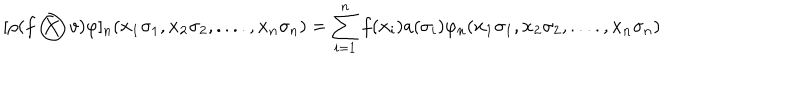
LaTeX: [ \rho ( f \bigotimes v ) \varphi ] _ { n } ( { \bf { x _ { 1 } } } \sigma _ { 1 } , { \bf { x _ { 2 } } } \sigma _ { 2 } , . . . . , { \bf { x _ { n } } } \sigma _ { n } ) = \sum _ { i = 1 } ^ { n } f ( { \bf { x _ { i } } } ) a ( \sigma _ { i } ) \varphi _ { n } ( { \bf { x _ { 1 } } } \sigma _ { 1 } , { \bf { x _ { 2 } } } \sigma _ { 2 } , . . . . , { \bf { x _ { n } } } \sigma _ { n } )